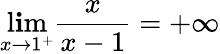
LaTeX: \operatorname*{l\mathbf{i}m}_{x\to1^{+}}{\frac{{x}}{{x-1}}}=+\infty